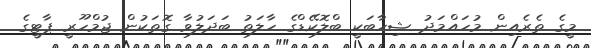
މީގެ ތެރެއިން މުހައްމަދު ޝިހާބަކީ ބްލޮކޭޑްގެ ހާލަތު ބަދަލުވާ ގޮތަކުން ޖުމްހޫރީ ޕާޓީގެ